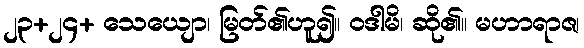
၂၃+၂၄+ သေယျော၊ မြတ်၏ဟူ၍။ ဝဒါမိ၊ ဆို၏။ မဟာရာဇ၊